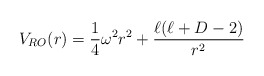
\begin{align*}V_{RO}(r)=\frac{1}{4}\omega^2r^2+\frac{\ell(\ell+D-2)}{r^2}\end{align*}